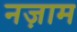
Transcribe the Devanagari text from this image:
नज़ाम